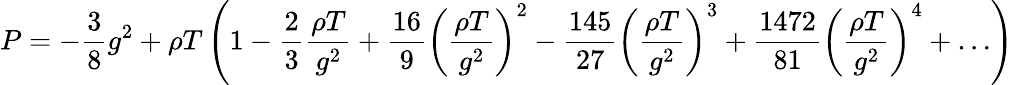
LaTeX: P=-\frac{3}{8}g^{2}+\rho T\left(1-\frac{2}{3}\frac{\rho T}{g^{2}}+\frac{16}{9}\left(\frac{\rho T}{g^{2}}\right)^{2}-\frac{145}{27}\left(\frac{\rho T}{g^{2}}\right)^{3}+\frac{1472}{81}\left(\frac{\rho T}{g^{2}}\right)^{4}+\ldots\right)